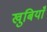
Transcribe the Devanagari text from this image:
खुबियाँ